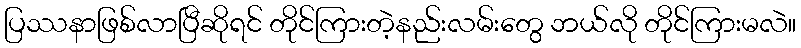
ပြဿနာဖြစ်လာပြီဆိုရင် တိုင်ကြားတဲ့နည်းလမ်းတွေ ဘယ်လို တိုင်ကြားမလဲ။